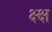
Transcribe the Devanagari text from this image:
क्ष्क्ष